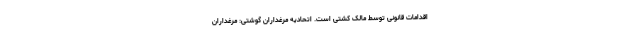
اقدامات قانونی توسط مالک کشتی است. اتحادیه مرغداران گوشتی: مرغداران